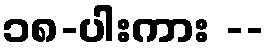
၁၈-ပါးကား --